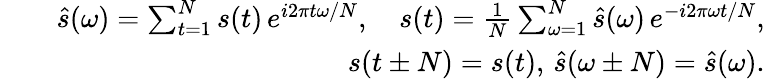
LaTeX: \begin{array}{rlr}&{}&{\hat{s}(\omega)=\sum_{t=1}^{N}s(t)\, e^{i2\pi t\omega/N},\quad s(t)=\frac{1}{N}\sum_{\omega=1}^{N}\hat{s}(\omega)\, e^{-i2\pi\omega t/N},}\\ &{}&{s(t\pm N)=s(t),\, \hat{s}(\omega\pm N)=\hat{s}(\omega).}\end{array}